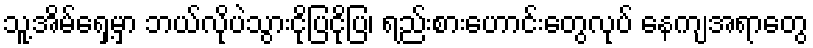
သူ့အိမ်ရှေ့မှာ ဘယ်လိုပဲသွားငိုပြငိုပြ၊ ရည်းစားဟောင်းတွေလုပ် နေကျအရာတွေ